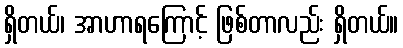
ရှိတယ်၊ အာဟာရကြောင့် ဖြစ်တာလည်း ရှိတယ်။